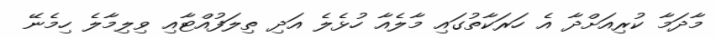
މާދަމާ ކުރިއަށްދާ އެ ހަރަކާތުގައި މާލެއާ ހުޅެލެ އަދި ތިލަފުއްޓާއި ވިލިމާލެ ހިމެނޭ